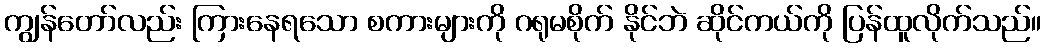
ကျွန်တော်လည်း ကြားနေရသော စကားများကို ဂရုမစိုက် နိုင်ဘဲ ဆိုင်ကယ်ကို ပြန်ထူလိုက်သည်။